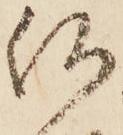
何